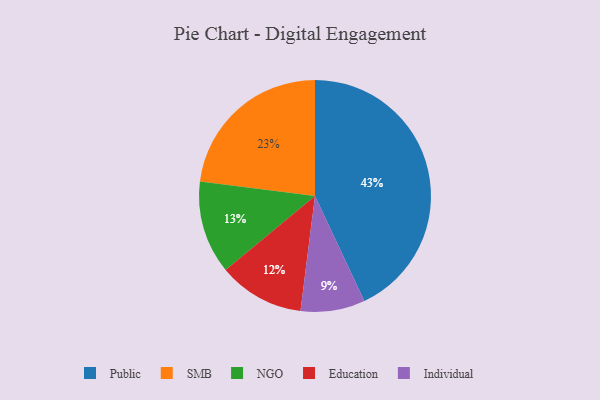
{"axis": {"x": "Category", "y": "Percentage"}, "legend": ["Education", "Individual", "NGO", "Public", "SMB"], "data": [{"x": "NGO", "y": 13, "type": "NGO"}, {"x": "Individual", "y": 9, "type": "Individual"}, {"x": "SMB", "y": 23, "type": "SMB"}, {"x": "Education", "y": 12, "type": "Education"}, {"x": "Public", "y": 43, "type": "Public"}]}